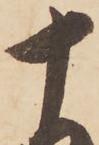
十